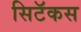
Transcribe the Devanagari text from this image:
सिटॅकस